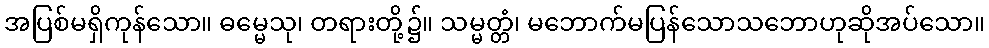
အပြစ်မရှိကုန်သော။ ဓမ္မေသု၊ တရားတို့၌။ သမ္မတ္တံ၊ မဘောက်မပြန်သောသဘောဟုဆိုအပ်သော။